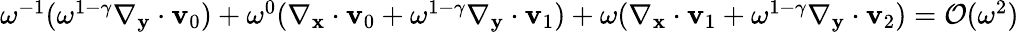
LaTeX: \begin{array}{r}{\omega^{-1}(\omega^{1-\gamma}\nabla_{\mathbf y}\cdot\mathbf v_{0})+\omega^{0}(\nabla_{\mathbf x}\cdot\mathbf v_{0}+\omega^{1-\gamma}\nabla_{\mathbf y}\cdot\mathbf v_{1})+\omega(\nabla_{\mathbf x}\cdot\mathbf v_{1}+\omega^{1-\gamma}\nabla_{\mathbf y}\cdot\mathbf v_{2})=\mathcal{O}(\omega^{2})}\end{array}